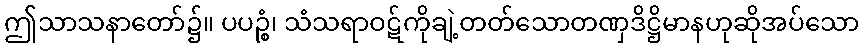
ဤသာသနာတော်၌။ ပပဉ္စံ၊ သံသရာဝဋ်ကိုချဲ့တတ်သောတဏှဒိဋ္ဌိမာနဟုဆိုအပ်သော